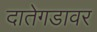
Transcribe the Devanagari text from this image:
दातेगडावर